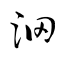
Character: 沺